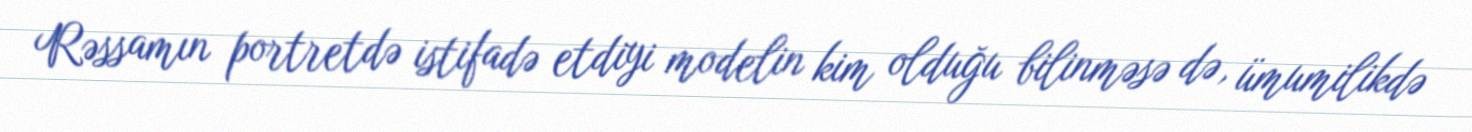
Rəssamın portretdə istifadə etdiyi modelin kim olduğu bilinməsə də, ümumilikdə